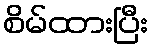
စိမ်ထားပြီး